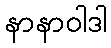
နာနာဝါဒါ